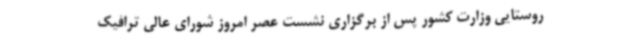
روستایی وزارت کشور پس از برگزاری نشست عصر امروز شورای عالی ترافیک